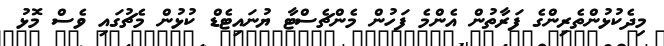
މިދެކުޅުންތެރިންގެ ފަރާތުން އެންމެ ފަހުން މެންޗެސްޓާ ޔުނައިޓެޑް ކުޅުން މެޗުގައި ވެސް މޮޅު